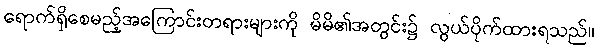
ရောက်ရှိစေမည့်အကြောင်းတရားများကို မိမိ၏အတွင်း၌ လွယ်ပိုက်ထားရသည်။